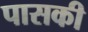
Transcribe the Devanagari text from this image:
पासकी